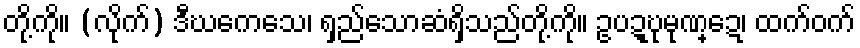
တို့ကို။ (လိုက်) ဒီဃကေသေ၊ ရှည်သောဆံရှိသည်တို့ကို။ ဥပဍ္ဎုမုဏ္ဍေ၊ ထက်ဝက်